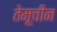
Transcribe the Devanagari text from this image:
तेमूचीन